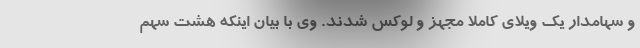
و سهامدار یک ویلای کاملا مجهز و لوکس شدند. وی با بیان اینکه هشت سهم